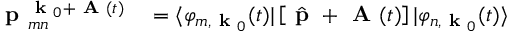
\begin{array} { r l } { \textbf { p } _ { m n } ^ { \textbf { k } _ { 0 } + \textbf { A } ( t ) } } & { { } = \langle \varphi _ { m , \textbf { k } _ { 0 } } ( t ) | \left[ \hat { \textbf { p } } + \textbf { A } ( t ) \right] | \varphi _ { n , \textbf { k } _ { 0 } } ( t ) \rangle } \end{array}